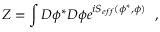
Z = \int { \cal D } \phi ^ { * } { \cal D } \phi e ^ { i S _ { e f f } ( \phi ^ { * } , \phi ) } \, \, \, \, ,